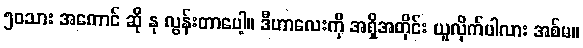
၅၀သား အကောင် ဆို နု လွန်းတာပေါ့။ ဒီဟာလေးကို အရှိအတိုင်း ယူလိုက်ပါလား အစ်မ။